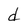
Character: d